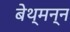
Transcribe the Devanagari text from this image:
बेथ्मन्न